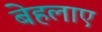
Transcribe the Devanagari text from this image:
बेहलाए